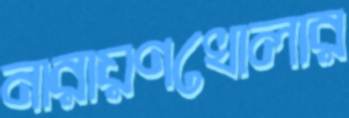
নারায়ণখোলার